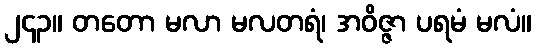
၂၄၃။ တတော မလာ မလတရံ၊ အဝိဇ္ဇာ ပရမံ မလံ။